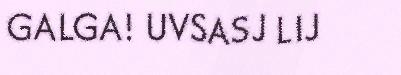
GALGA! UVSASJ LIJ